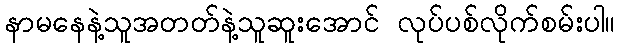
နာမနေနဲ့သူအတတ်နဲ့သူဆူးအောင် လုပ်ပစ်လိုက်စမ်းပါ။